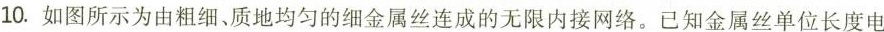
10.如图所示为由粗细，质地均匀的细金属丝连成的无限内接网络。已知金属丝单位长度电